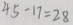
4 5 - 1 7 = 2 8